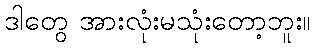
ဒါတွေ အားလုံးမသုံးတော့ဘူး။